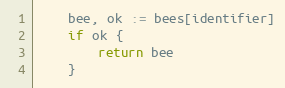
Language: Go
	bee, ok := bees[identifier]
	if ok {
		return bee
	}